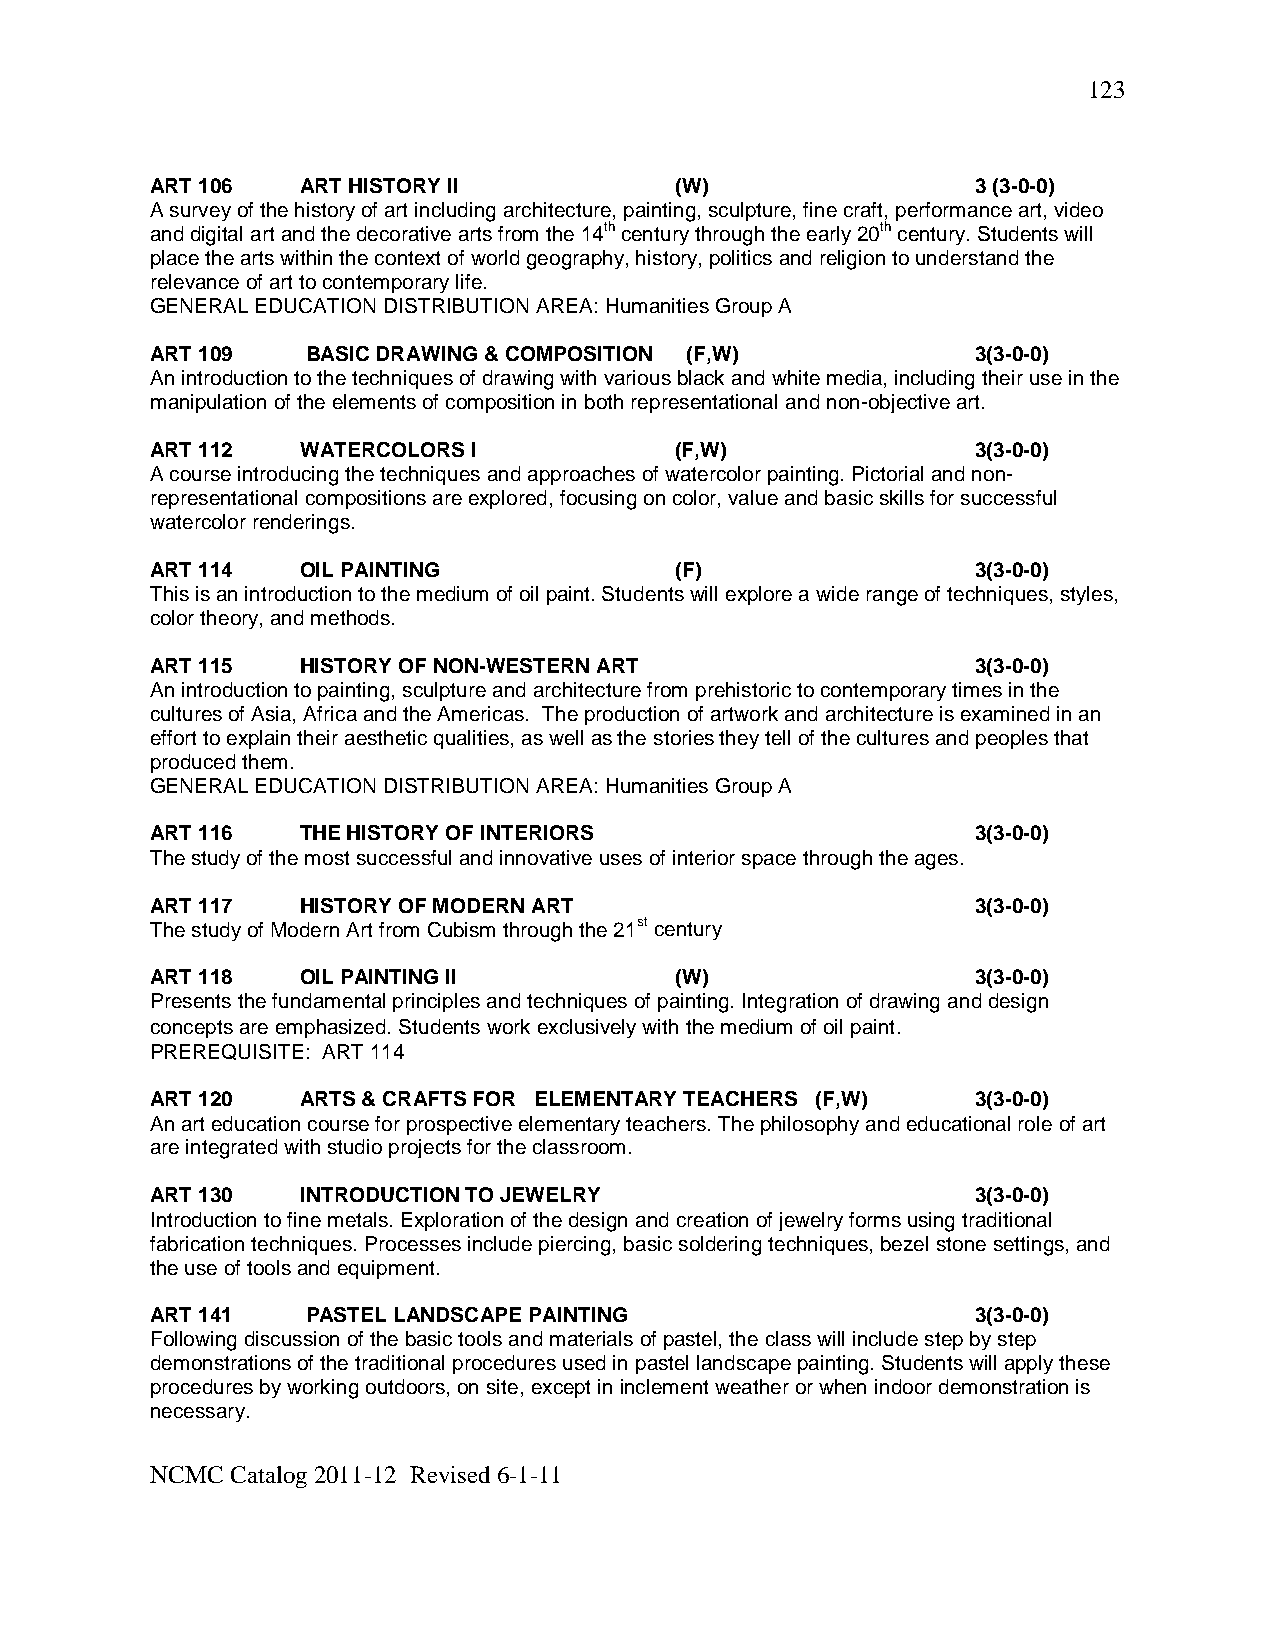
123
 ART 106   ART HISTORY II           (W)                 3 (3-0-0)
 A survey of the history of art including architecture, painting, sculpture, fine craft, performance art, video
 and digital art and the decorative arts from the 14th century through the early 20th century. Students will
 place the arts within the context of world geography, history, politics and religion to understand the
 relevance of art to contemporary life.
 GENERAL EDUCATION DISTRIBUTION AREA: Humanities Group A
 ART 109   BASIC DRAWING & COMPOSITION (F,W)            3(3-0-0)
 An introduction to the techniques of drawing with various black and white media, including their use in the
 manipulation of the elements of composition in both representational and non-objective art.
 ART 112   WATERCOLORS I            (F,W)               3(3-0-0)
 A course introducing the techniques and approaches of watercolor painting. Pictorial and non-
 representational compositions are explored, focusing on color, value and basic skills for successful
 watercolor renderings.
 ART 114   OIL PAINTING             (F)                 3(3-0-0)
 This is an introduction to the medium of oil paint. Students will explore a wide range of techniques, styles,
 color theory, and methods.
 ART 115   HISTORY OF NON-WESTERN ART                   3(3-0-0)
 An introduction to painting, sculpture and architecture from prehistoric to contemporary times in the
 cultures of Asia, Africa and the Americas. The production of artwork and architecture is examined in an
 effort to explain their aesthetic qualities, as well as the stories they tell of the cultures and peoples that
 produced them.
 GENERAL EDUCATION DISTRIBUTION AREA: Humanities Group A
 ART 116   THE HISTORY OF INTERIORS                     3(3-0-0)
 The study of the most successful and innovative uses of interior space through the ages.
 ART 117   HISTORY OF MODERN ART                        3(3-0-0)
 The study of Modern Art from Cubism through the 21st century
 ART 118   OIL PAINTING II          (W)                 3(3-0-0)
 Presents the fundamental principles and techniques of painting. Integration of drawing and design
 concepts are emphasized. Students work exclusively with the medium of oil paint.
 PREREQUISITE: ART 114
 ART 120   ARTS & CRAFTS FOR ELEMENTARY TEACHERS (F,W)  3(3-0-0)
 An art education course for prospective elementary teachers. The philosophy and educational role of art
 are integrated with studio projects for the classroom.
 ART 130   INTRODUCTION TO JEWELRY                      3(3-0-0)
 Introduction to fine metals. Exploration of the design and creation of jewelry forms using traditional
 fabrication techniques. Processes include piercing, basic soldering techniques, bezel stone settings, and
 the use of tools and equipment.
 ART 141   PASTEL LANDSCAPE PAINTING                    3(3-0-0)
 Following discussion of the basic tools and materials of pastel, the class will include step by step
 demonstrations of the traditional procedures used in pastel landscape painting. Students will apply these
 procedures by working outdoors, on site, except in inclement weather or when indoor demonstration is
 necessary.
 NCMC Catalog 2011-12 Revised 6-1-11